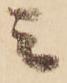
ミ